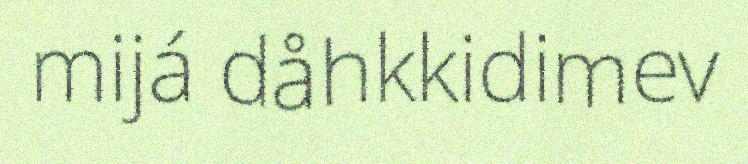
mijá dåhkkidimev